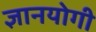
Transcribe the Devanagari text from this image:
ज्ञानयोगी